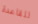
للقاعدة